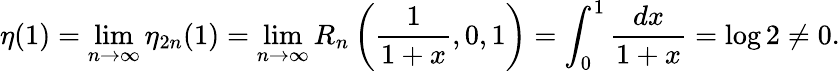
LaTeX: \eta(1)=\operatorname*{lim}_{n\to\infty}\eta_{2n}(1)=\operatorname*{lim}_{n\to\infty}R_{n}\left({\frac{1}{1+x}},0,1\right)=\int_{0}^{1}{\frac{dx}{1+x}}=\log 2\neq 0.